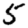
Digit: 5